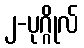
၂-ပုဂ္ဂိုလ်